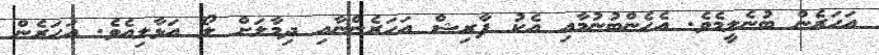
އަހަރެން ބުނެލީމެވެ. އެހެންބުނުމާއި އެކު ފާރިޝް އަހަރެންނާއި ދިމާލަށް ލޯ އަޅާލިއެވެ. އަހަރެން